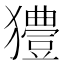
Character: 𤣁